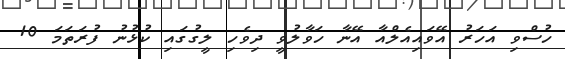
ހުސްވި އަހަރު އޭވައިއެލްއާ އޭނާ ހަވާލުވީ ދިވެހި ލީގުގައި ކުޅުނު ފުރަތަމަ 10